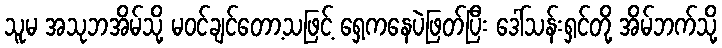
သူမ အသုဘအိမ်သို့ မဝင်ချင်တော့သဖြင့် ရှေ့ကနေပဲဖြတ်ပြီး ဒေါ်သန်းရှင်တို့ အိမ်ဘက်သို့